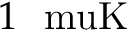
1 ~ \mathrm { \ m u K }